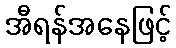
အီရန်အနေဖြင့်